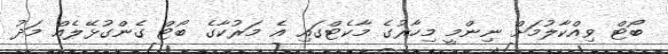
ބޯޓް ވިއްކާލުމަށް ނިންމީ މިހާރުގެ މާކެޓްގައި އެ މަރުކާގެ ބޯޓް ގެންގުޅޭލެއް މަދު